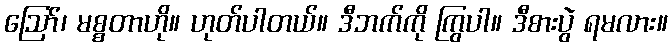
ဪ၊ မစ္စတာဟို။ ဟုတ်ပါတယ်။ ဒီဘက်ကို ကြွပါ။ ဒီစားပွဲ ရမလား။